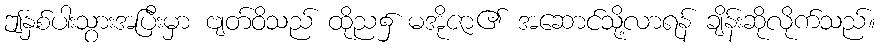
ဤနှစ်ပါးသွားအပြီးမှာ ဗျတ်ဝိသည် ထိုည၌ မအိုဇာ၏ အဆောင်သို့လာရန် ချိန်းဆိုလိုက်သည်။